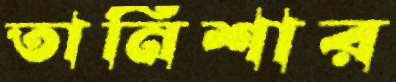
তানিশার